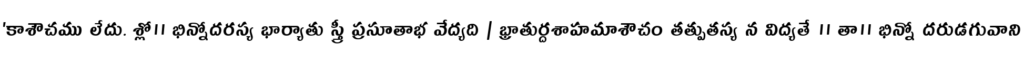
'కాశౌచము లేదు. శ్లో॥ భిన్నోదరస్య భార్యాతు స్త్రీ ప్రసూతాభ వేద్యది | భ్రాతుర్దశాహమాశౌచం తత్పుతస్య న విద్యతే ॥ తా॥ భిన్నో దరుడగువాని